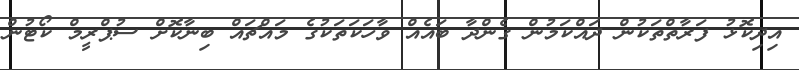
އިދިކޮޅު ފަރާތްތަކުން ދައްކަމުން ގެންދާ ބައެއް ވާހަކަތަކުގެ މައްޗައް ބިނާކޮށް ސުޕްރީމް ކޯޓުން